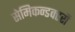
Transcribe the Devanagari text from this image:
सेमिकन्डक्टरों